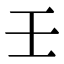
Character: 壬